Indian journal of veterinary science and animal husbandry - Volume 1,
Year: 1931
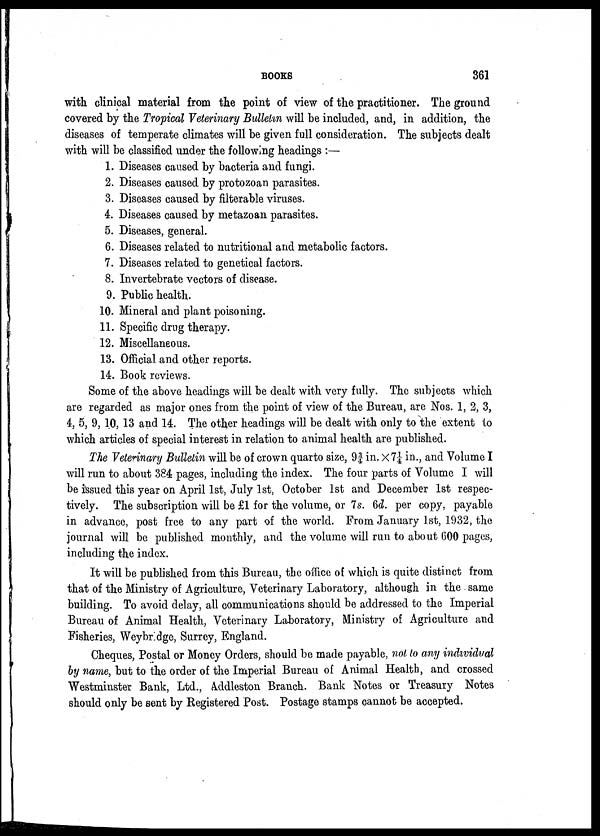
BOOKS
361
with clinical material from the point of view of the practitioner. The ground
covered by the Tropical Veterinary Bulletin will be included, and, in addition, the
diseases of temperate climates will be given full consideration. The subjects dealt
with will be classified under the following headings :—
1. Diseases caused by bacteria and fungi.
2. Diseases caused by protozoan parasites.
3. Diseases caused by filterable viruses.
4. Diseases caused by metazoan parasites.
5. Diseases, general.
6. Diseases related to nutritional and metabolic factors.
7. Diseases related to genetical factors.
8. Invertebrate vectors of disease.
9. Public health.
10. Mineral and plant poisoning.
11. Specific drug therapy.
12. Miscellaneous.
13. Official and other reports.
14. Book reviews.
Some of the above headings will be dealt with very fully. The subjects which
are regarded as major ones from the point of view of the Bureau, are Nos. 1, 2, 3,
4, 5, 9, 10, 13 and 14. The other headings will be dealt with only to the extent to
which articles of special interest in relation to animal health are published.
The Veterinary Bulletin will be of crown quarto size, 9¾ in. × 7¼ in., and Volume I
will run to about 384 pages, including the index. The four parts of Volume I will
be issued this year on April 1st, July 1st, October 1st and December 1st respec-
tively. The subscription will be £1 for the volume, or 7s. 6d. per copy, payable
in advance, post free to any part of the world. From January 1st, 1932, the
journal will be published monthly, and the volume will run to about 600 pages,
including the index.
It will be published from this Bureau, the office of which is quite distinct from
that of the Ministry of Agriculture, Veterinary Laboratory, although in the same
building. To avoid delay, all communications should be addressed to the Imperial
Bureau of Animal Health, Veterinary Laboratory, Ministry of Agriculture and
Fisheries, Weybr dge, Surrey, England.
Cheques, Postal or Money Orders, should be made payable, not to any individual
by name, but to the order of the Imperial Bureau of Animal Health, and crossed
Westminster Bank, Ltd., Addleston Branch. Bank Notes or Treasury Notes
should only be sent by Registered Post. Postage stamps cannot be accepted.